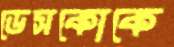
ডেসকোকে